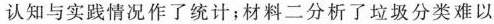
认知与实践情况作了统计；材料二分析了垃圾分类难以